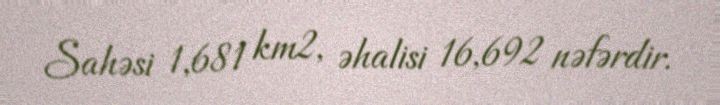
Sahəsi 1,681 km2, əhalisi 16,692 nəfərdir.